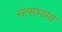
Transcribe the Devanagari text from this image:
सत्सभामा